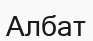
Албат